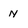
Character: n